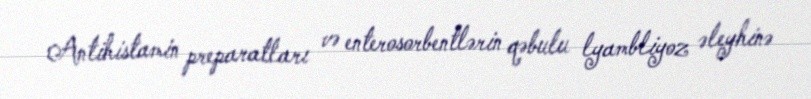
Antihistamin preparatları və enterosorbentlərin qəbulu lyambliyoz əleyhinə